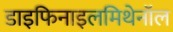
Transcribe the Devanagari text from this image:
डाइफिनाइलमिथेनॉल